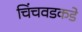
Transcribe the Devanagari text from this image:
चिंचवडकडे